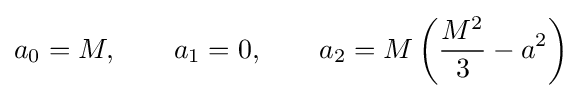
a_{0}=M,\qquad a_{1}=0,\qquad a_{2}=M\left({\frac {M^{2}}{3}}-a^{2}\right)